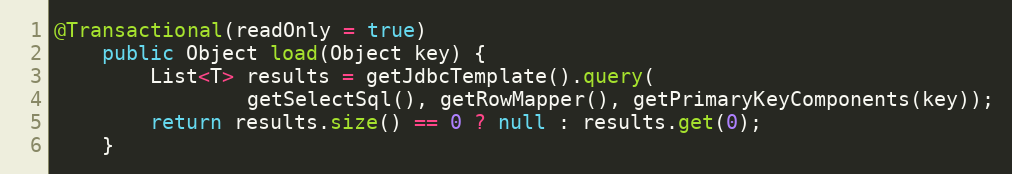
Language: Java
@Transactional(readOnly = true)
    public Object load(Object key) {
        List<T> results = getJdbcTemplate().query(
                getSelectSql(), getRowMapper(), getPrimaryKeyComponents(key));
        return results.size() == 0 ? null : results.get(0);
    }